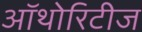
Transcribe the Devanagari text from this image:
ऑथोरिटीज